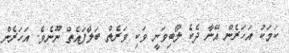
ކަމަކު އަހަރެން އޭނާ ދެކެ ލޯބިވަނީ ވަކި ވަރެތް ބަލާފައެތް ނޫނެވެ. އަހަރެން